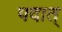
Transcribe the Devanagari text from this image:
पदात्